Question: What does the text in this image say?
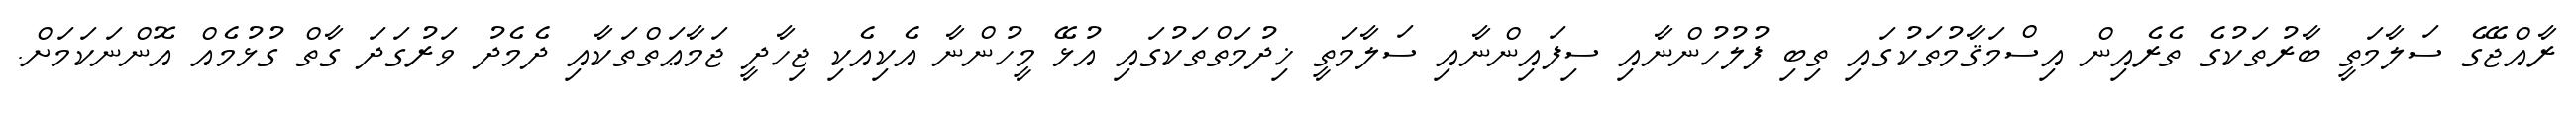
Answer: ރާއްޖޭގެ ސަލާމަތީ ބާރުތަކުގެ ތެރެއިން އިސްމަޤާމުތަކުގައި ތިބި ފުލުހުންނާއި ސިފައިންނާއި ސަލާމަތީ ޚިދުމަތްތަކުގައި އުޅޭ މީހުންނާ އެކިއެކި ޖިހާދީ ޖަމާޢަތްތަކާއި ދެމެދު ވަރުގަދަ ގާތް ގުޅުމެއް އޮންނަކަމަށް.